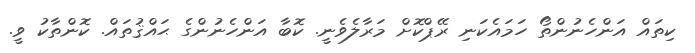
ކިތައް އަންހެނުންތޯ ހަމައެކަނި ރޭޕްކޮށް މަރާލެވެނީ. ކޮބާ އަންހެނުންގެ ޙައްޤުތައް. ކޮންތާކު ވީ.